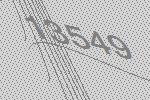
13549